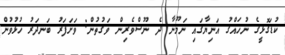
ކުޑަގޮޅީގެ ނުހައްގު އަނިޔާގައި ނަމޫނާ ދެ ނޫސްވެރިން ވަގުތުން: ވަށަފަރު ބަނދަރު ހުޅުވުން